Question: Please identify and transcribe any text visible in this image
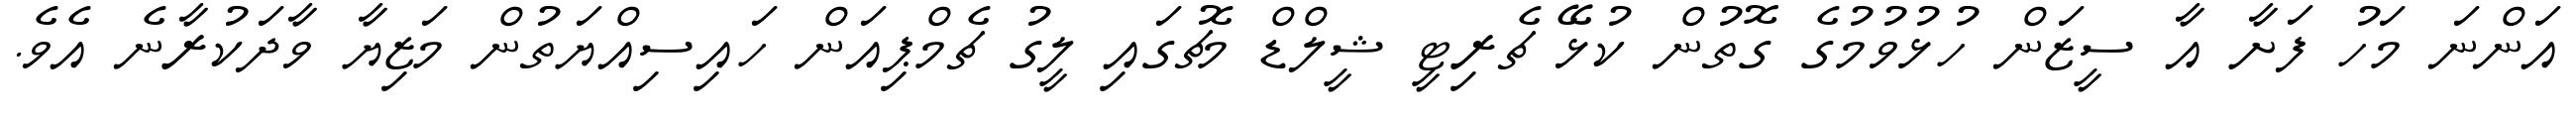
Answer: އަންނަ މަހު ފަށާ އާ ސީޒަން ހުޅުވުމުގެ ގޮތުން ކުޅޭ ޗެރިޓީ ޝީލްޑް މެޗުގައި ލީގު ޗެމްޕިއަން ހައިސިއްޔަތުން މަޒިޔާ ވާދަކުރާނެ އެވެ.